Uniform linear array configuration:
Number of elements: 16
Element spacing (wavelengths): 0.5
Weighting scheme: kaiser
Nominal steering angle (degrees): -30
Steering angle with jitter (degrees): -31.646
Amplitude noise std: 0.05
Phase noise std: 0.05

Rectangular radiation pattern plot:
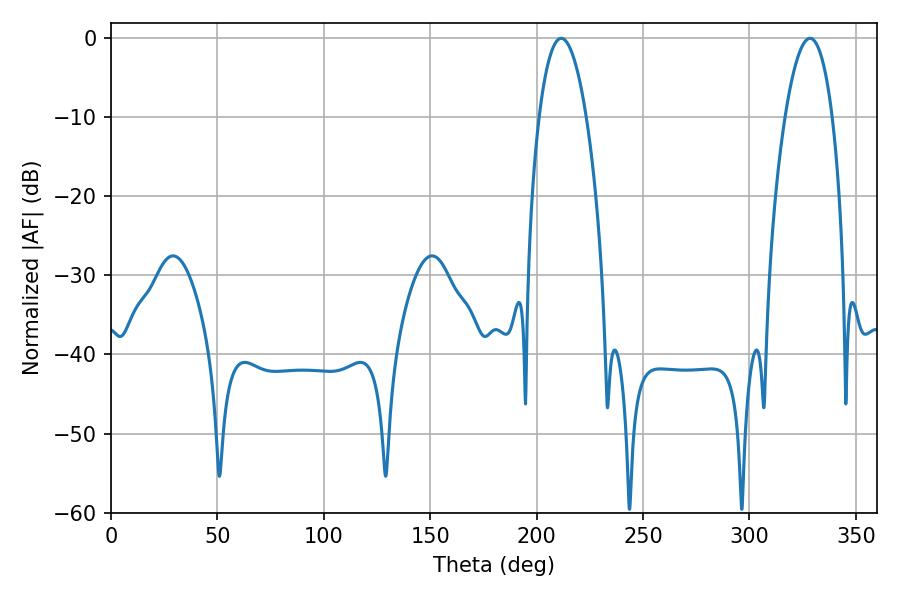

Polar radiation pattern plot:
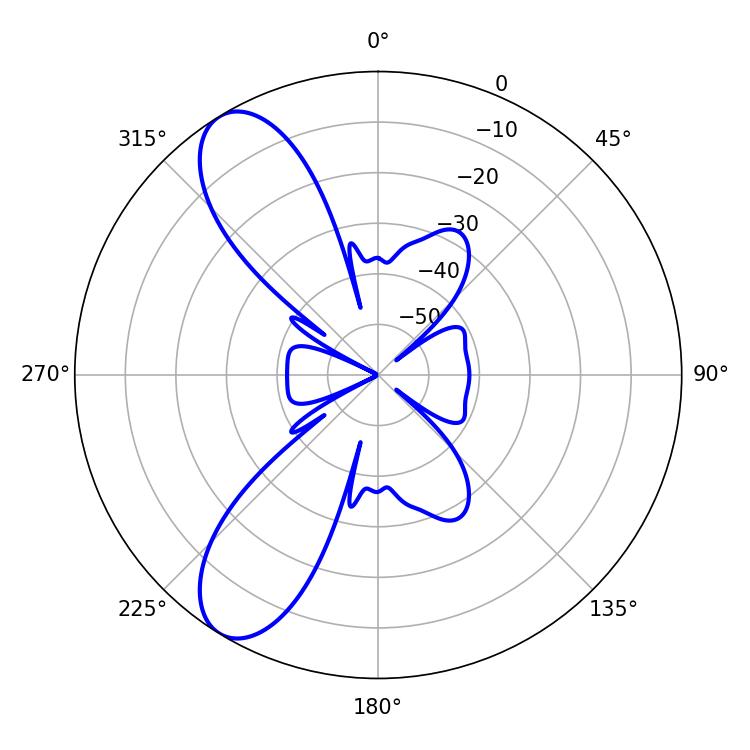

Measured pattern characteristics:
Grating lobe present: FALSE
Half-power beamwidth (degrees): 12.42
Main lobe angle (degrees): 328.5